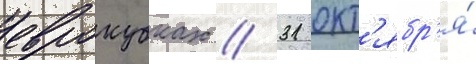
еврокубках // 31 окт'ябр'я́